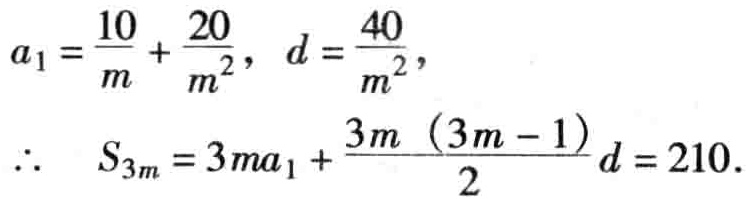
\(a_{1}=\frac{10}{m}+\frac{20}{m^{2}}, \ d=\frac{40}{m^{2}}, \\

\therefore \ S_{3m}=3ma_{1}+\frac{3m\ (3m - 1)}{2}d = 210.\)